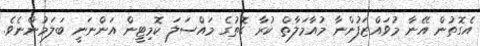
އެގޮތުން އޭނާ މުވައްޒަފުންނާ މުއާމަލާތް ކުރާ ގޮތުގެ މައްސަލަ ކޮމިޓީން އަންނަނީ ބަލަމުންނެވެ.